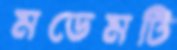
মডেমটি